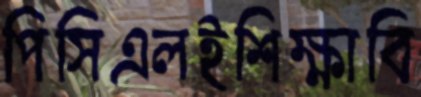
পিসিএলইশিক্ষাবি